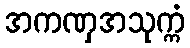
အကဏှအသုက္ကံ